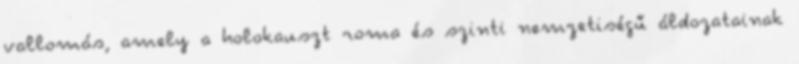
vallomás, amely a holokauszt roma és szinti nemzetiségű áldozatainak